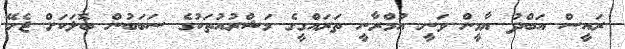
ރައީސް އަބްދު ޔާމީން ވަނީ އުމްރާނީ ތަރައްގީގެ މަޝްރުއުތަކުގެ ސަބަބުން ބޮލަކަށް ޖެހޭ